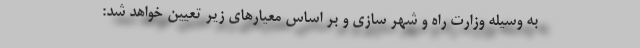
به وسیله وزارت راه و شهر سازی و بر اساس معیارهای زیر تعیین خواهد شد: